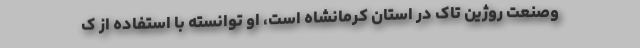
وصنعت روژین تاک در استان کرمانشاه است، او توانسته با استفاده از ک